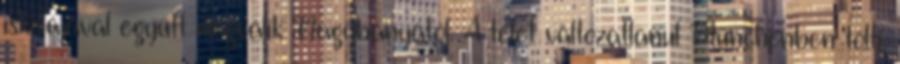
iskolájával együtt megválik Nagybányától. A telet változatlanul Münchenben tölti,